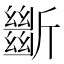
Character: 𣃔